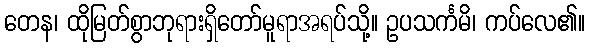
တေန၊ ထိုမြတ်စွာဘုရားရှိတော်မူရာအရပ်သို့။ ဥပသင်္ကမိ၊ ကပ်လေ၏။